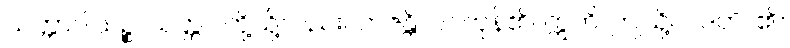
သတ္တာဝါသဉ္စ၊ သတ္တဝါတို့သို့လည်း။ ဘဇန္တိ၊ ဝင်ကုန်၏။ ဣတိ၊ ဤသို့။ ဝဒတိ၊ ၏။